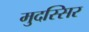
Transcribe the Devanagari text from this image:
मुदस्सिर